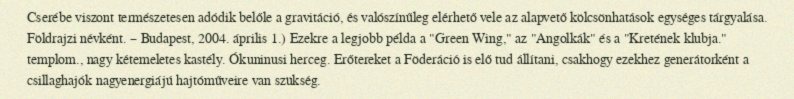
Cserébe viszont természetesen adódik belőle a gravitáció, és valószínűleg elérhető vele az alapvető kölcsönhatások egységes tárgyalása. Földrajzi névként. – Budapest, 2004. április 1.) Ezekre a legjobb példa a "Green Wing," az "Angolkák" és a "Kretének klubja." templom., nagy kétemeletes kastély. Ókuninusi herceg. Erőtereket a Föderáció is elő tud állítani, csakhogy ezekhez generátorként a csillaghajók nagyenergiájú hajtóműveire van szükség.